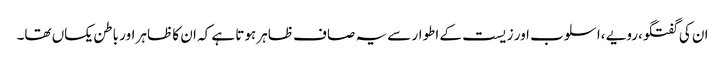
ان کی گفتگو،رویے ،اسلوب اور زیست کے اطوار سے یہ صاف ظاہر ہوتا ہے کہ ان کا ظاہر اور باطن یکساں تھا۔